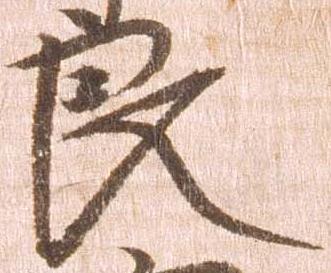
良